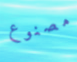
مصنوع